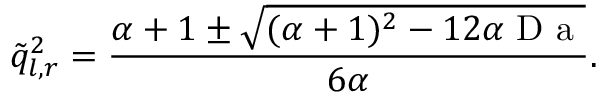
\tilde { q } _ { l , r } ^ { 2 } = \frac { \alpha + 1 \pm \sqrt { ( \alpha + 1 ) ^ { 2 } - 1 2 \alpha \mathrm { ~ D ~ a ~ } } } { 6 \alpha } .